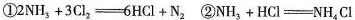
①$$2NH_{3}+3Cl_{2}\xlongequal [ ] { }